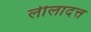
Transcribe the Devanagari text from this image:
लीलादत्त